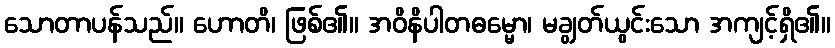
သောတာပန်သည်။ ဟောတိ၊ ဖြစ်၏။ အဝိနိပါတဓမ္မော၊ မချွတ်ယွင်းသော အကျင့်ရှိ၏။